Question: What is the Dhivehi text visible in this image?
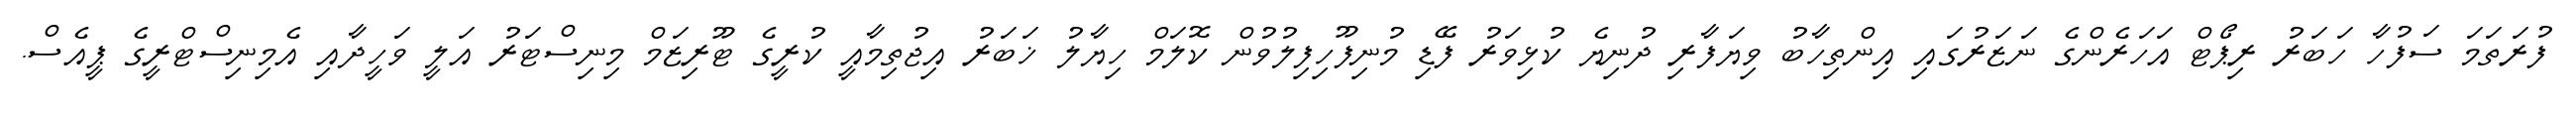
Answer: ފުރަތަމަ ސަފުހާ ހަބަރު ރިޕޯޓް އަހަރެންގެ ނަޒަރުގައި އިންތިހާބު ވިޔަފާރި ދުނިޔެ ކުޅިވަރު ފޭޑި މުނިފޫހިފިލުވުން ކޮލަމް ހިޔާލު ޚަބަރު އިޖުތިމާއީ ކުރީގެ ޓޫރިޒަމް މިނިސްޓަރު އަލީ ވަހީދާއި އެމިނިސްޓްރީގެ ޕީއެސް.